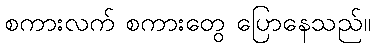
စကားလက် စကားတွေ ပြောနေသည်။